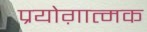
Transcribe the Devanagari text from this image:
प्रयोग़ात्मक